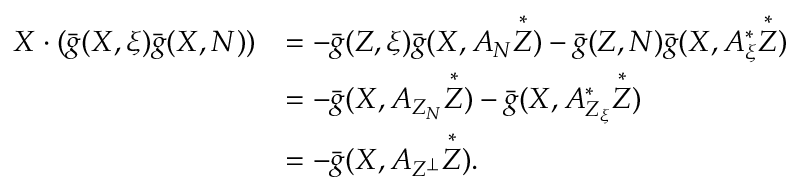
\begin{array} { r l } { X \cdot ( \bar { g } ( X , \xi ) \bar { g } ( X , N ) ) } & { = - \bar { g } ( Z , \xi ) \bar { g } ( X , A _ { N } \overset { * } { Z } ) - \bar { g } ( Z , N ) \bar { g } ( X , A _ { \xi } ^ { * } \overset { * } { Z } ) } \\ & { = - \bar { g } ( X , A _ { Z _ { N } } \overset { * } { Z } ) - \bar { g } ( X , A _ { Z _ { \xi } } ^ { * } \overset { * } { Z } ) } \\ & { = - \bar { g } ( X , A _ { Z ^ { \perp } } \overset { * } { Z } ) . } \end{array}